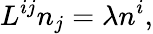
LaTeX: L^{ij}n_{j}=\lambda n^{i},